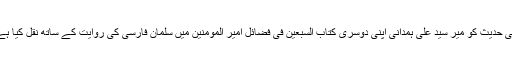
اسی حدیث کو میر سید علی ہمدانی اپنی دوسری کتاب السبعین فی فضائل امیر المومنین میں سلمان فارسی کی روایت کے ساتھ نقل کیا ہے ۔